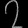
Digit: ၇